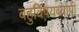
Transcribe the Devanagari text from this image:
बहुविषयव्यापी